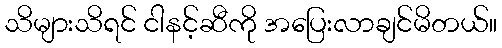
သိများသိရင် ငါနင့်ဆီကို အပြေးလာချင်မိတယ်။